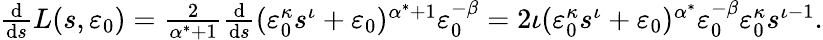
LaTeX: \begin{array}{r}{\frac{\mathrm d}{\mathrm ds}L(s,{\varepsilon}_{0})=\frac{2}{\alpha^{*}+1}\frac{\mathrm d}{\mathrm ds}({\varepsilon}_{0}^{\kappa}s^{\iota}+{\varepsilon}_{0})^{\alpha^{*}+1}{\varepsilon}_{0}^{-\beta}=2\iota({\varepsilon}_{0}^{\kappa}s^{\iota}+{\varepsilon}_{0})^{\alpha^{*}}{\varepsilon}_{0}^{-\beta}{\varepsilon}_{0}^{\kappa}s^{\iota-1}.}\end{array}